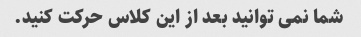
شما نمی توانید بعد از این کلاس حرکت کنید.